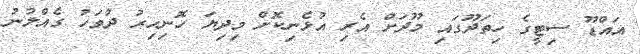
އައްޑޫ ސިޓީގެ ހިތަދޫގައި މޫދަށް އެރި އުޅެނިކޮށް މިދިޔަ ހޮނިހިރު ދުވަހު ގެއްލުނު